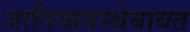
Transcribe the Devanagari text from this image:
जातिव्यवस्थेबाबत